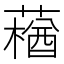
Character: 𰱽